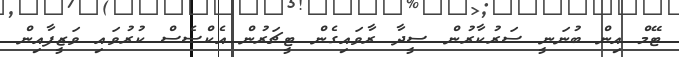
ޓޭމް އިން ބުނަނީ ސަރުކާރުން ސީދާ ރާވައިގެން ޓީޗަރުން އެކްސެސް ކުރުވައި ވަޒީފާއިން